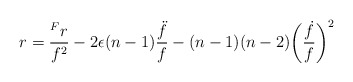
\begin{align*} r = \frac{{^F}r}{f^2} - 2\epsilon(n-1)\frac{\ddot{f}}{f} - (n-1)(n-2)\bigg(\frac{\dot{f}}{f}\bigg)^{2}\end{align*}